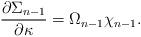
LaTeX: \begin{align*}{\partial \Sigma_{n-1}\over \partial \kappa}=\Omega_{n-1}\chi_{n-1}.\end{align*}